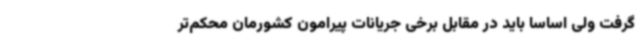
گرفت ولی اساسا باید در مقابل برخی جریانات پیرامون کشورمان محکم‌تر